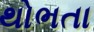
થોભતા